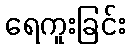
ရေကူးခြင်း